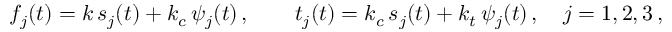
f _ { j } ( t ) = k \, s _ { j } ( t ) + k _ { c } \, \psi _ { j } ( t ) \, , \qquad t _ { j } ( t ) = k _ { c } \, s _ { j } ( t ) + k _ { t } \, \psi _ { j } ( t ) \, , \quad j = 1 , 2 , 3 \, ,